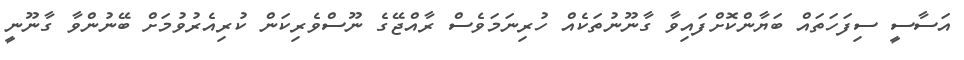
އަސާސީ ސިފަހަތައް ބަޔާންކޮށްފައިވާ ގާނޫނުތަކެއް ހުރިނަމަވެސް ރާއްޖޭގެ ނޫސްވެރިކަން ކުރިއެރުވުމަށް ބޭނުންވާ ގާނޫނީ